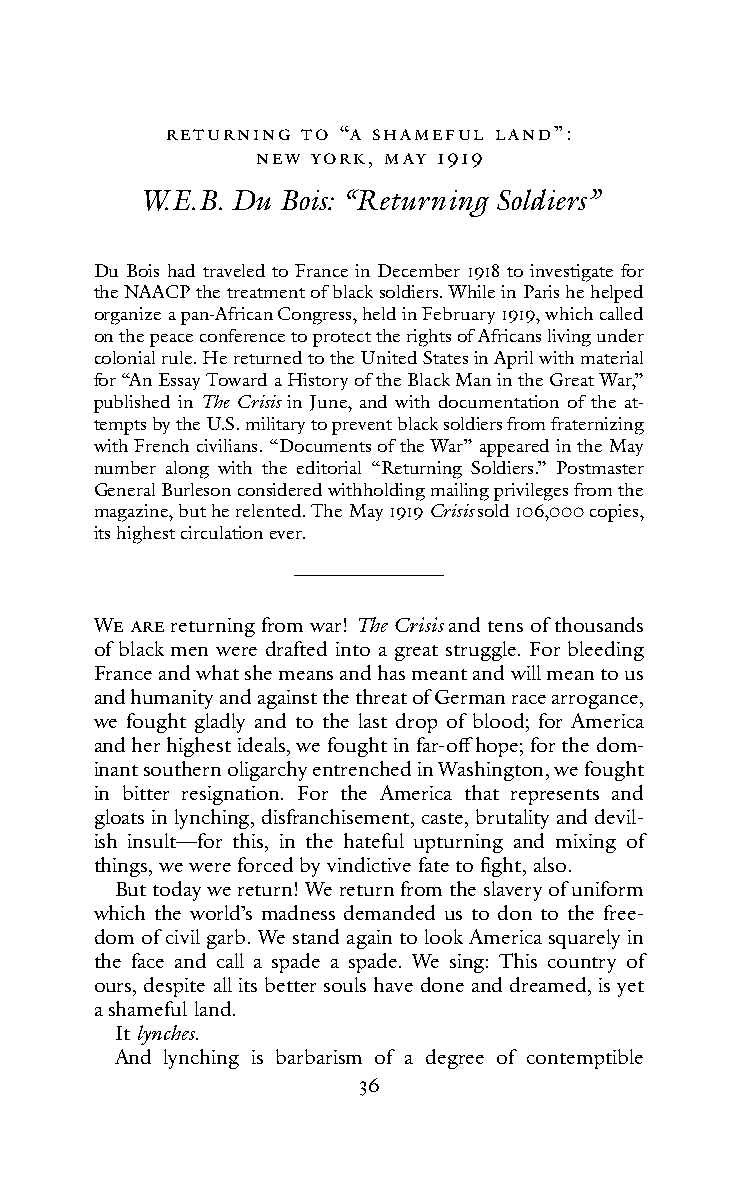
RetuRnIn G to “A sHAMefuL LA nd”:
 neW YoRK, MAY 1919
 W.E.B. Du Bois: “Returning Soldiers”
 Du Bois had traveled to France in December 1918 to investigate for
 the NAACP the treatment of black soldiers. While in Paris he helped
 organize a pan-African Congress, held in February 1919, which called
 on the peace conference to protect the rights of Africans living under
 colonial rule. He returned to the United States in April with material
 for “An Essay Toward a History of the Black Man in the Great War,”
 published in The Crisis in June, and with documentation of the at-
 tempts by the U.S. military to prevent black soldiers from fraternizing
 with French civilians. “Documents of the War” appeared in the May
 number along with the editorial “Returning Soldiers.” Postmaster
 General Burleson considered withholding mailing privileges from the
 magazine, but he relented. The May 1919 Crisis sold 106,000 copies,
 its highest circulation ever.
 We ARe returning from war! The Crisis and tens of thousands
 of black men were drafted into a great struggle. For bleeding
 France and what she means and has meant and will mean to us
 and humanity and against the threat of German race arrogance,
 we fought gladly and to the last drop of blood; for America
 and her highest ideals, we fought in far-off hope; for the dom-
 inant southern oligarchy entrenched in Washington, we fought
 in bitter resignation. For the America that represents and
 gloats in lynching, disfranchisement, caste, brutality and devil-
 ish insult—for this, in the hateful upturning and mixing of
 things, we were forced by vindictive fate to fight, also.
 But today we return! We return from the slavery of uniform
 which the world’s madness demanded us to don to the free-
 dom of civil garb. We stand again to look America squarely in
 the face and call a spade a spade. We sing: This country of
 ours, despite all its better souls have done and dreamed, is yet
 a shameful land.
 It lynches.
 And lynching is barbarism of a degree of contemptible
 36